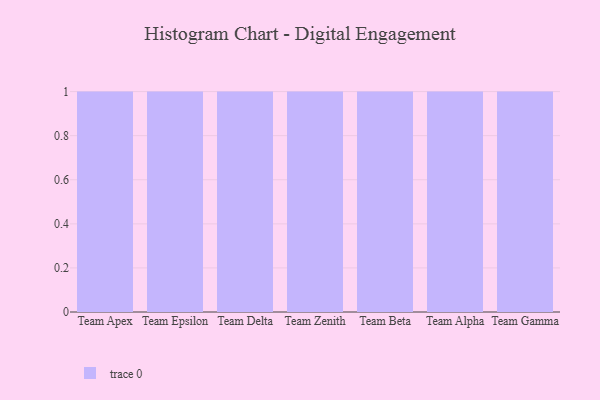
{"axis": {"x": "Team", "y": "Bounce Rate (%)"}, "legend": [""], "data": [{"x": "Team Apex", "y": 58, "type": ""}, {"x": "Team Epsilon", "y": 10, "type": ""}, {"x": "Team Delta", "y": 96, "type": ""}, {"x": "Team Zenith", "y": 74, "type": ""}, {"x": "Team Beta", "y": 47, "type": ""}, {"x": "Team Alpha", "y": 15, "type": ""}, {"x": "Team Gamma", "y": 59, "type": ""}]}